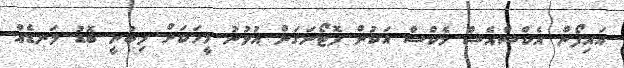
އައިފޯން އެކްސްއެސް މެކްސް އަކުން ފޮޓޯނަގަން އުޅުނު މީހަކަށް ލިބުނީ ބޮޑު ލަނޑެއް